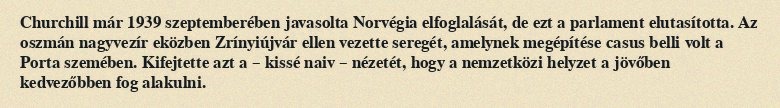
Churchill már 1939 szeptemberében javasolta Norvégia elfoglalását, de ezt a parlament elutasította. Az oszmán nagyvezír eközben Zrínyiújvár ellen vezette seregét, amelynek megépítése casus belli volt a Porta szemében. Kifejtette azt a – kissé naiv – nézetét, hogy a nemzetközi helyzet a jövőben kedvezőbben fog alakulni.